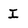
Character: I